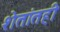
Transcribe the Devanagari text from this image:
शेतांतही